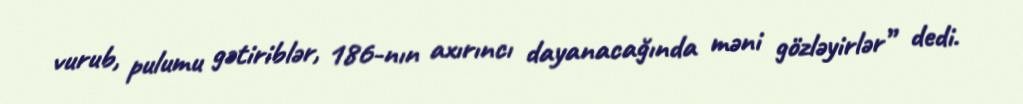
vurub, pulumu gətiriblər, 186-nın axırıncı dayanacağında məni gözləyirlər” dedi.